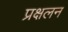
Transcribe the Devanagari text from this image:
प्रक्षलन